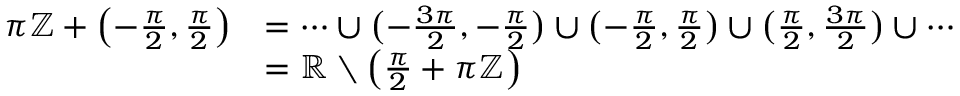
{ \begin{array} { r l } { \pi \mathbb { Z } + \left( - { \frac { \pi } { 2 } } , { \frac { \pi } { 2 } } \right) } & { = \cdots \cup { \bigl ( } { - { \frac { 3 \pi } { 2 } } } , { - { \frac { \pi } { 2 } } } { \bigr ) } \cup { \bigl ( } { - { \frac { \pi } { 2 } } } , { \frac { \pi } { 2 } } { \bigr ) } \cup { \bigl ( } { \frac { \pi } { 2 } } , { \frac { 3 \pi } { 2 } } { \bigr ) } \cup \cdots } \\ & { = \mathbb { R } \setminus \left( { \frac { \pi } { 2 } } + \pi \mathbb { Z } \right) } \end{array} }